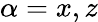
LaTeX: \alpha=x,z